Oriental or Dehli sore - Number 13
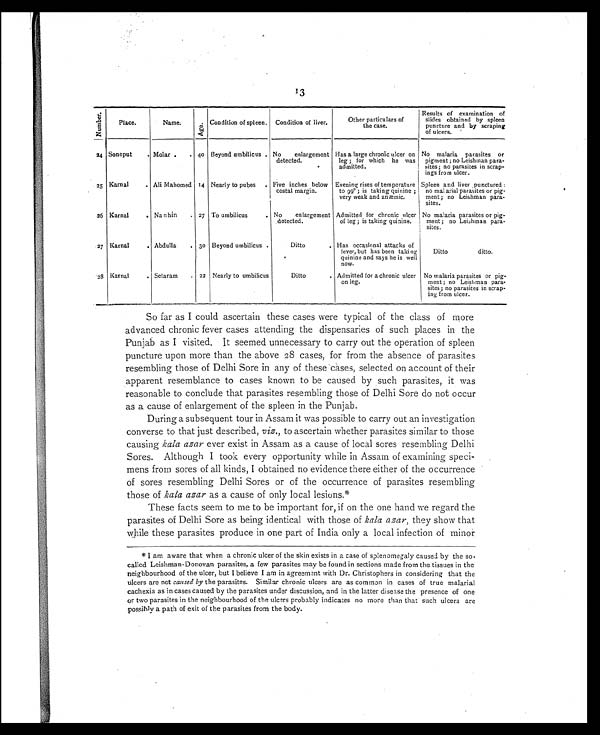
13
N u m b e r .
Place.
Name.
A g e .
Condition of spleen.
Condition of liver.
Other particulars of
the case.
Results of examination of
slides obtained by spleen
puncture and by scraping
of ulcers.
2 4 Soneput
. Molar .
40 Beyond umbilicus . No enlargement
detected.
Has a large chronic ulcer on
leg ; for which he was
admitted.
No malaria parasites or
pigment ; no Leishman para-
sites; no parasites in scrap-
ings from ulcer.
2 5 Karnal
. Ali Mahomed 14 Nearly to pubes
. Five inches below
costal margin.
Evening rises of temperature
to 99° ; is taking quinine ;
very weak and anæmic.
Spleen and liver punctured :
no mal arial parasites or pig-
ment; no Leishman para-
sites.
26 Karnal
. Nan hin
. 27 To umbilicus
. No
enlargement
detected.
Admitted for chronic ulcer
of leg; is taking quinine.
No malaria parasites or pig-
ment ; no Lehman para-
sites.
27 Karnal
. Abdulla
. 3o Beyond umbilicus .
Ditto
. Has occasional attacks of
fever, but has been taking
quinine and says he is well
now.
Ditto
ditto.
28
Karnal
. Setaram
22 Nearly to umbilicus
Ditto
. Admitted for a chronic ulcer
on leg.
No malaria parasites or pig-
ment ; no Leishman para-
sites ; no parasites in scrap-
ing from ulcer.
So far as I could ascertain these cases were typical of the class of more
advanced chronic fever cases attending the dispensaries of such places in the
Punjab as I visited. It seemed unnecessary to carry out the operation of spleen
puncture upon more than the above 28 cases, for from the absence of parasites
resembling those of Delhi Sore in any of these cases, selected on account of their
apparent resemblance to cases known to be caused by such parasites, it was
reasonable to conclude that parasites resembling those of Delhi Sore do not occur
as a cause of enlargement of the spleen in the Punjab.
During a subsequent tour in Assam it was possible to carry out an investigation
converse to that just described, viz., to ascertain whether parasites similar to those
causing kala azar ever exist in Assam as a cause of local sores resembling Delhi
Sores. Although I took every opportunity while in Assam of examining speci-
mens from sores of all kinds, I obtained no evidence there either of the occurrence
of sores resembling Delhi Sores or of the occurrence of parasites resembling
those of kala azar as a cause of only local lesions.*
These facts seem to me to be important for, if on the one hand we regard the
parasites of Delhi Sore as being identical with those of kala azar, they show that
while these parasites produce in one part of India only a local infection of minor
*I am aware that when a chronic ulcer of the skin exists in a case of splenomegaly caused by the so-
called Leishman-Donovan parasites, a few parasites may be found in sections made from the tissues in the
neighbourhood of the ulcer, but I believe I am in agreement with Dr. Christophers in considering that the
ulcers are not caused by the parasites. Similar chronic ulcers are as common in cases of true malarial
cachexia as in cases caused by the parasites under discussion, and in the latter disease the presence of one
or two parasites in the neighbourhood of the ulcers probably indicates no more than that such ulcers are
possib l y a path of exit of the parasites from the body.